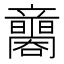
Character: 𥫐